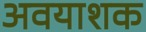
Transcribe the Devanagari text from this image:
अवयाशक